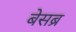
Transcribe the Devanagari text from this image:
बेसब्र